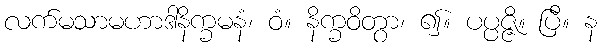
လက်မသာမဟာဒါနိက္ခမနံ၊ ဝံ။ နိက္ခဝိတွာ၊ ၍။ ပပ္ပဇ္ဇိ။ ပြီ။ န